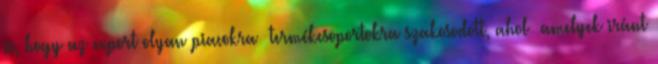
is, hogy az export olyan piacokra termékcsoportokra szakosodott, ahol amelyek iránt